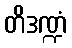
တိဒဏ္ဍံ